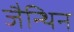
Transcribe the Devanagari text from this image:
जैन्थिन